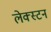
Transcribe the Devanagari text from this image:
लेक्स्टन